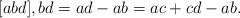
LaTeX: \begin{align*}[abd], bd = ad - ab = ac + cd - ab.\end{align*}